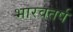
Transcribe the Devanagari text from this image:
भारवतर्ष